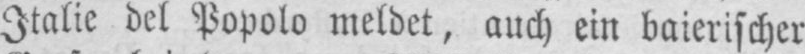
Italie del Popolo meldet, auch ein baierischer